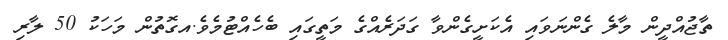
ތާޖުއްދީން މާލެ ގެންނަވައި އެކަށީގެންވާ ގަދަރެއްގެ މަތީގައި ބެހެއްޓުމެވެ.އގޮތުން މަހަކު 50 ލާރި